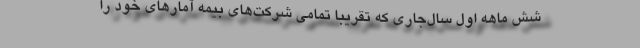
شش ماهه اول سال‌جاری که تقریبا تمامی شرکت‌های بیمه آمارهای خود را